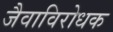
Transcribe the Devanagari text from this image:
जैवाविरोधक